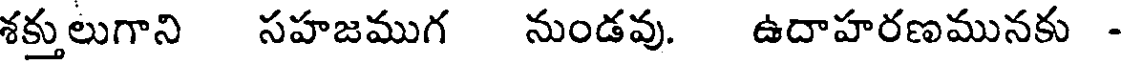
శక్తులుగాని సహజముగ నుండవు. ఉదాహరణమునకు -